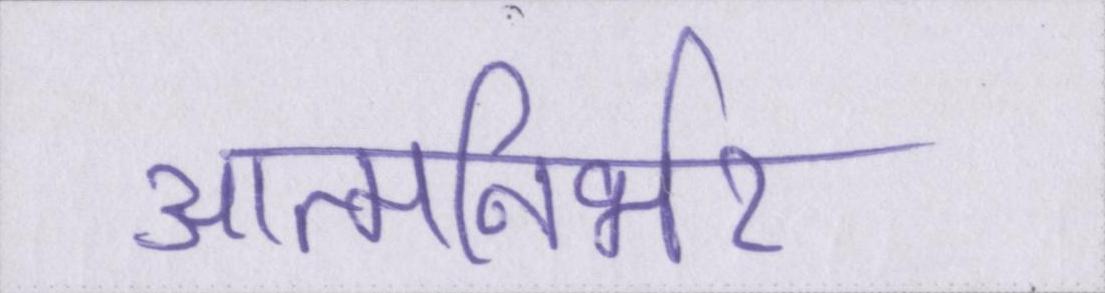
आत्मनिर्भर